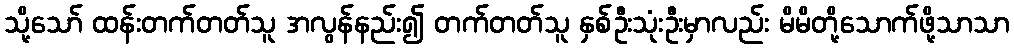
သို့သော် ထန်းတက်တတ်သူ အလွန်နည်း၍ တက်တတ်သူ နှစ်ဦးသုံးဦးမှာလည်း မိမိတို့သောက်ဖို့သာသာ